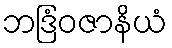
ဘဒြံဝဇာနိယံ